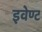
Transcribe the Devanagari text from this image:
इवेण्ट